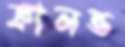
কালভ